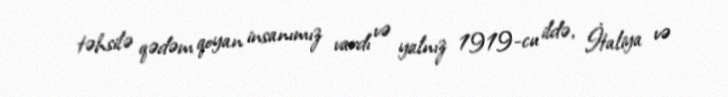
təhsilə qədəm qoyan insanımız vardı və yalnız 1919-cu ildə, İtaliya və